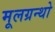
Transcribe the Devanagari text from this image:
मूलग्रन्थो